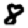
Digit: 8